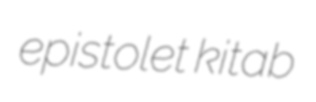
epistolet kitab